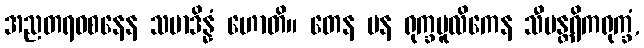
အညတရဝစနေန သမာဒိန္နံ ဟောတိ။ တေန ပန ရုက္ခမူလိကေန သီမန္တရိကရုက္ခံ,